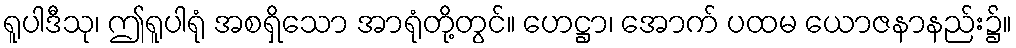
ရူပါဒီသု၊ ဤရူပါရုံ အစရှိသော အာရုံတို့တွင်။ ဟေဋ္ဌာ၊ အောက် ပထမ ယောဇနာနည်း၌။